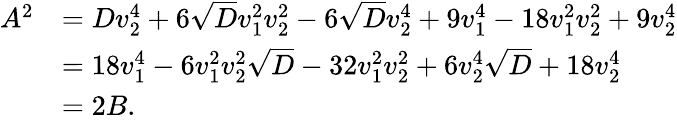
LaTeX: \begin{array}{rl}{A^{2}}&{=Dv_{2}^{4}+6\sqrt{D}v_{1}^{2}v_{2}^{2}-6\sqrt{D}v_{2}^{4}+9v_{1}^{4}-18v_{1}^{2}v_{2}^{2}+9v_{2}^{4}}\\ &{=18v_{1}^{4}-6v_{1}^{2}v_{2}^{2}\sqrt{D}-32v_{1}^{2}v_{2}^{2}+6v_{2}^{4}\sqrt{D}+18v_{2}^{4}}\\ &{=2B.}\end{array}